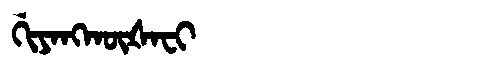
Manchu: ᡤᡳᠶᠠᠩᡴᡡᡧᠠᠸᡳ
Romanization: GIYANGKŪŠAFI